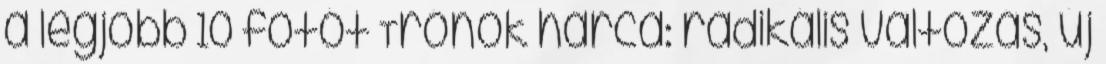
a legjobb 10 fotót Trónok harca: radikális változás, új